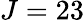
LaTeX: J=23